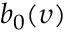
b _ { 0 } ( \upsilon )